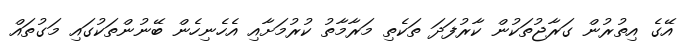
އޭގެ އިތުރުން ގަރާޖުތަކުން ކާރުފަދަ ތަކެތި މަރާމާތު ކުރުމަށާއި އެހެނިހެން ބޭނުންތަކުގައި މަގުތައް